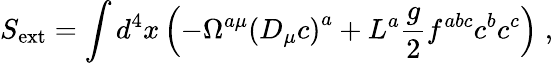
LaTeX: S_{\mathrm{ext}}=\int d^{4}x\left(-\Omega^{a\mu}\left(D_{\mu}c\right)^{a}+L^{a}\frac{g}{2}f^{abc}c^{b}c^{c}\right)\; ,